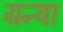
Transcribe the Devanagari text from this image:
ग्रन्था